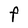
Character: F